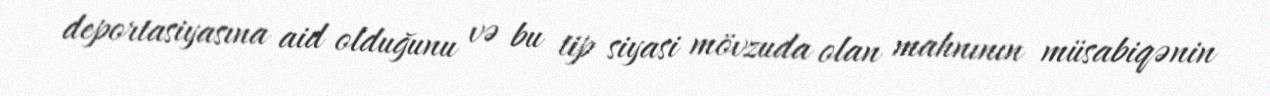
deportasiyasına aid olduğunu və bu tip siyasi mövzuda olan mahnının müsabiqənin